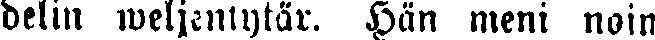
delin weljentytär. Hän meni noin